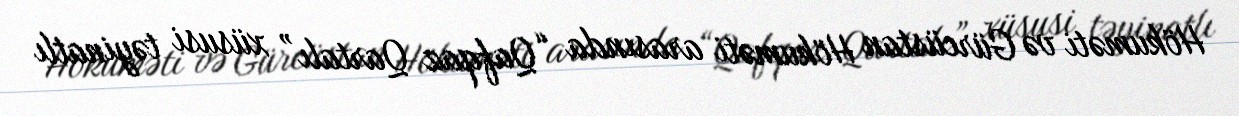
Hökuməti və Gürcüstan Hökuməti arasında “Qafqaz Qartalı” xüsusi təyinatlı